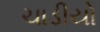
ચાડીયો